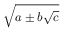
\sqrt { a \pm b { \sqrt { c } } }